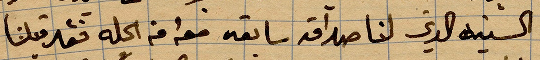
السنية الذي لنا صداقة سائقه معه من اكله فقد النا